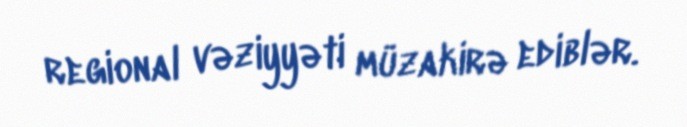
regional vəziyyəti müzakirə ediblər.